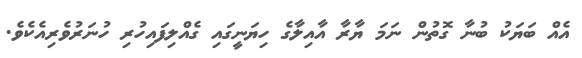
އެއް ބަޔަކު ބުނާ ގޮތުން ނަމަ ޔާރާ އާއިލާގެ ހިޔަނީގައި ގެއްލިފައިހުރި ހުނަރުވެރިއެކެވެ.